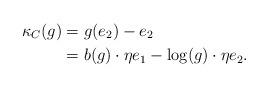
LaTeX: \begin{align*}\kappa_{C}(g) &= g(e_2)-e_2 \\& = b(g)\cdot \eta e_1 - \log(g)\cdot \eta e_2.\end{align*}